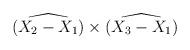
LaTeX: \begin{align*}\widehat{(X_2-X_1)}\times\widehat{(X_3-X_1)}\end{align*}